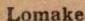
Lomake